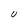
Character: U